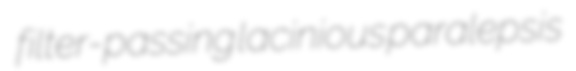
filter-passing lacinious paralepsis